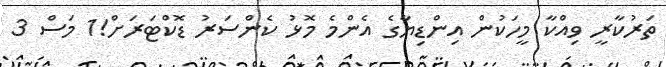
ތަރުކާރީ ވިއްކާ މީހަކުން އިންޑިޔާގެ އެންމެ މޮޅު ކެންސަރު ޑޮކްޓަރަށް!1 މަސް 3